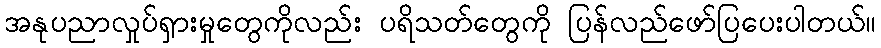
အနုပညာလှုပ်ရှားမှုတွေကိုလည်း ပရိသတ်တွေကို ပြန်လည်ဖော်ပြပေးပါတယ်။